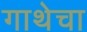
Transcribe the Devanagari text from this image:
गाथेचा